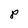
Character: P